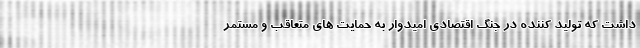
داشت که تولید کننده در جنگ اقتصادی امیدوار به حمایت های متعاقب و مستمر